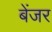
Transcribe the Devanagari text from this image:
बेंजर